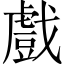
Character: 戲